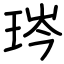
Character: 琌